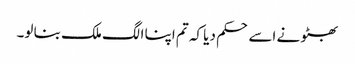
بھٹو نے اسے حکم دیا کہ تم اپنا الگ ملک بنا لو۔